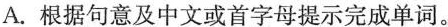
A.根据句意及中文或首字母提示完成单词.